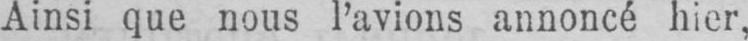
Ainsi que nous l’avions annoncé hier,